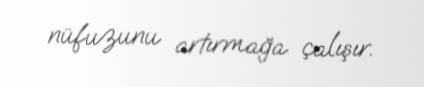
nüfuzunu artırmağa çalışır.